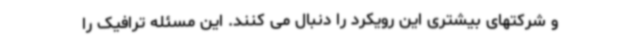
و شرکتهای بیشتری این رویکرد را دنبال می کنند. این مسئله ترافیک را